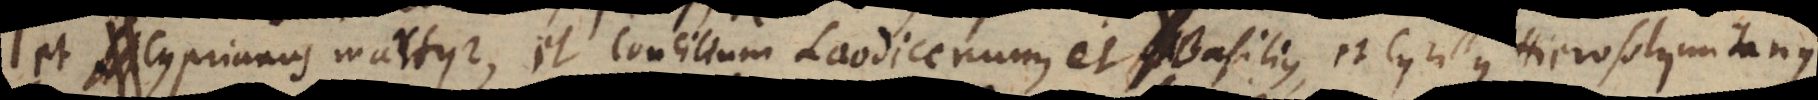
t Cyprianus martyr, et Concilium Laodicenum, et Basilius, et Cyrillus Hierosolymitanu